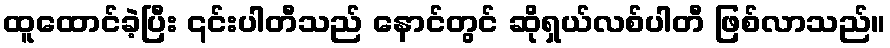
ထူထောင်ခဲ့ပြီး ၎င်းပါတီသည် နောင်တွင် ဆိုရှယ်လစ်ပါတီ ဖြစ်လာသည်။